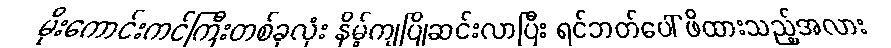
မိုးကောင်းကင်ကြီးတစ်ခုလုံး နိမ့်ကျပြိုဆင်းလာပြီး ရင်ဘတ်ပေါ် ဖိထားသည့်အလား